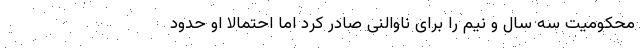
محکومیت سه سال و نیم را برای ناوالنی صادر کرد اما احتمالا او حدود